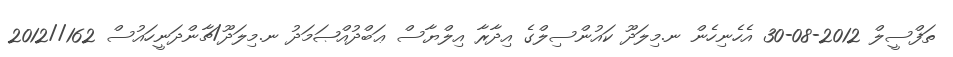
ތަފްސީލް 2012-08-30 އެހެނިހެން ނ.މިލަދޫ ކައުންސިލްގެ އިދާރާ އިލްޔާސް ޢަބްދުއްޞަމަދު ނ.މިލަދޫ/ޗާންދަނީހައުސް 162//2012